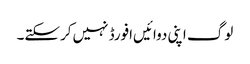
لوگ اپنی دوائیں‌افورڈ نہیں‌کرسکتے۔